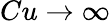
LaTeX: Cu\rightarrow\infty